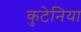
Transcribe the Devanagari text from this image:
कुटेनिया